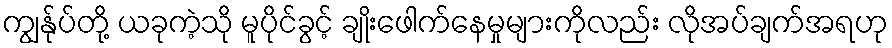
ကျွန်ုပ်တို့ ယခုကဲ့သို မူပိုင်ခွင့် ချိုးဖေါက်နေမှုများကိုလည်း လိုအပ်ချက်အရဟု